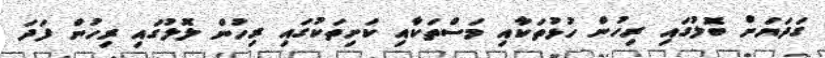
ގަދަޔަށް ބޮލުގައި ރިހުން ހުޅުތަކާއި މަސްތަކާއި ކަށިތަކުގައި ރިހުން ލޮލުގައި ރިހުން ފަދަ